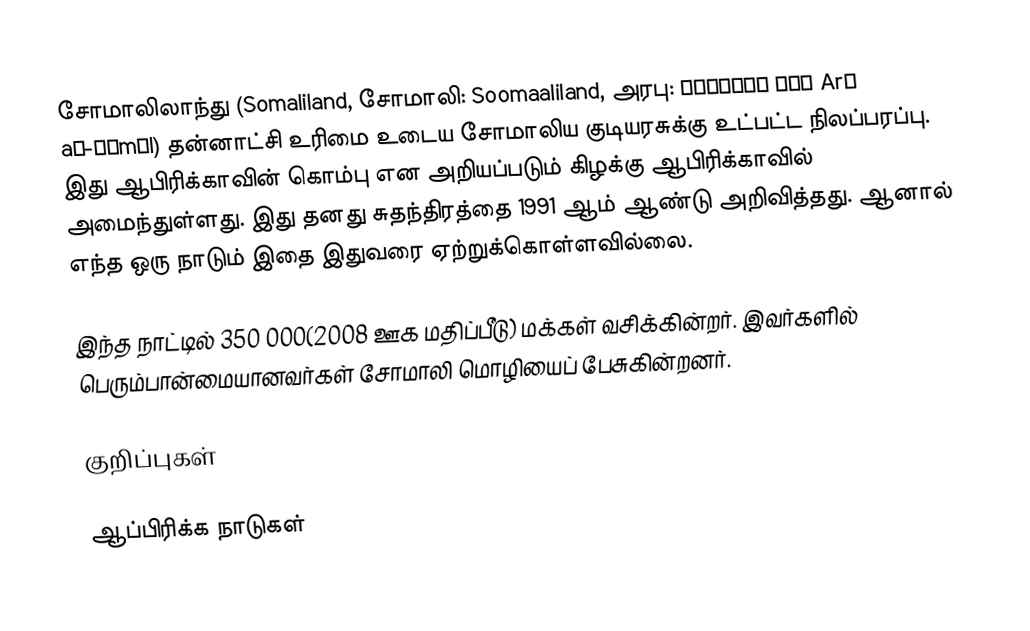
சோமாலிலாந்து (Somaliland, சோமாலி: Soomaaliland, அரபு: أرض الصومال Arḍ aṣ-Ṣūmāl) தன்னாட்சி உரிமை உடைய சோமாலிய குடியரசுக்கு உட்பட்ட நிலப்பரப்பு. இது ஆபிரிக்காவின் கொம்பு என அறியப்படும் கிழக்கு ஆபிரிக்காவில் அமைந்துள்ளது. இது தனது சுதந்திரத்தை 1991 ஆம் ஆண்டு அறிவித்தது. ஆனால் எந்த ஒரு நாடும் இதை இதுவரை ஏற்றுக்கொள்ளவில்லை.

இந்த நாட்டில் 350 000(2008 ஊக மதிப்பீடு) மக்கள் வசிக்கின்றர். இவர்களில் பெரும்பான்மையானவர்கள் சோமாலி மொழியைப் பேசுகின்றனர்.

குறிப்புகள்

ஆப்பிரிக்க நாடுகள்